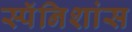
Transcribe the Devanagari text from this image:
स्पॅनिशांस